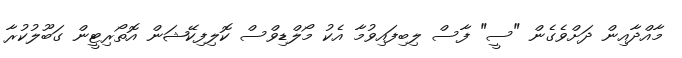
މާއްދާއިން ދަށްވެގެން "ސީ" ފާސް ލިބިފައިވުމާ އެކު މޯލްޑިވްސް ކޮލިފިކޭޝަން އޮތޯރިޓީން ގަބޫލުކުރާ